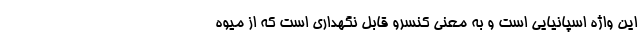
این واژه اسپانیایی است و به معنی کنسرو قابل نگهداری است که از میوه